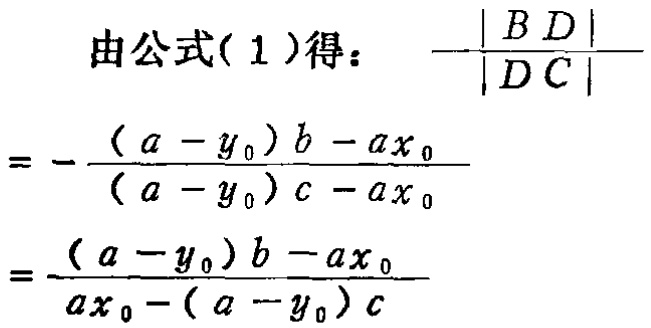
由公式( 1 )得： \(-\frac{|BD|}{|DC|}\)
\(=-\frac{(a - y_0)b - ax_0}{(a - y_0)c - ax_0}\)
\(=\frac{(a - y_0)b - ax_0}{ax_0 - (a - y_0)c}\)